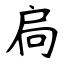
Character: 扃